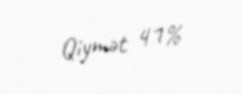
Qiymət 41%